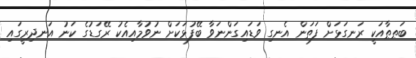
ބަޠޠާއަކީ ރަނގަޅަށް ފަތަން އެނގި ވަޑައިގަންނަވާ ބޭފުޅަކަށް ނުވުމާއިއެކު ރޭގަޑުގެ ކަނު އަނދިރީގައި